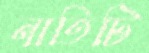
নাতিটি